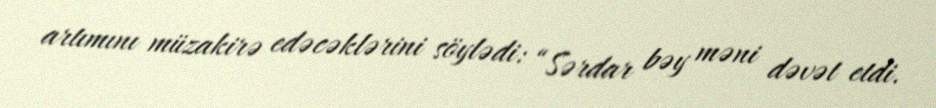
artımını müzakirə edəcəklərini söylədi: “Sərdar bəy məni dəvət etdi.